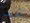
أعرف